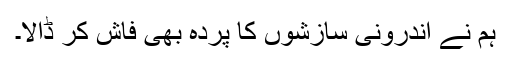
ہم نے اندرونی سازشوں کا پردہ بھی فاش کر ڈالا۔